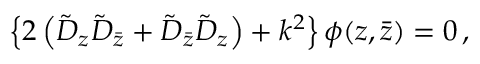
\left\{ 2 \left( \tilde { D } _ { z } \tilde { D } _ { \bar { z } } + \tilde { D } _ { \bar { z } } \tilde { D } _ { z } \right) + k ^ { 2 } \right\} \phi ( z , \bar { z } ) = 0 \, ,